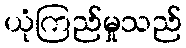
ယုံကြည်မှုသည်